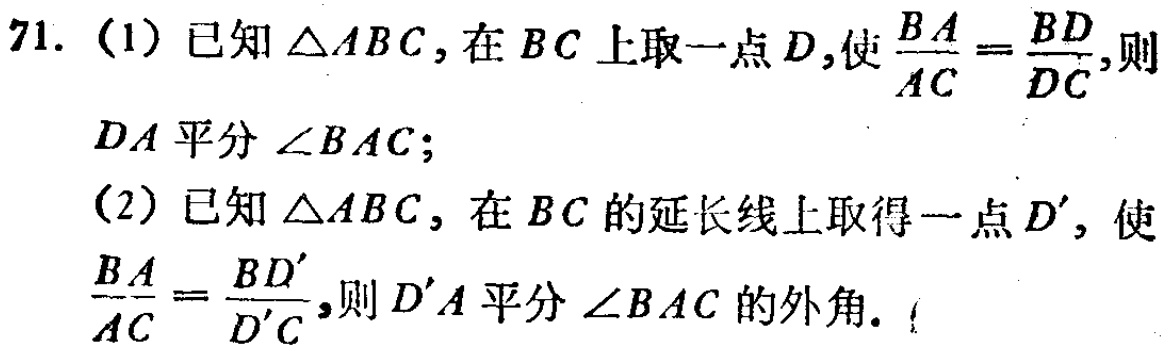
71. (1) 已知$\triangle ABC$，在$BC$上取一点$D$，使$\frac{BA}{AC}=\frac{BD}{DC}$，则
$DA$平分$\angle BAC$；
(2) 已知$\triangle ABC$，在$BC$的延长线上取得一点$D'$，使
$\frac{BA}{AC}=\frac{BD'}{D'C}$，则$D'A$平分$\angle BAC$的外角.